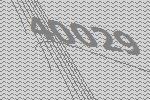
40029